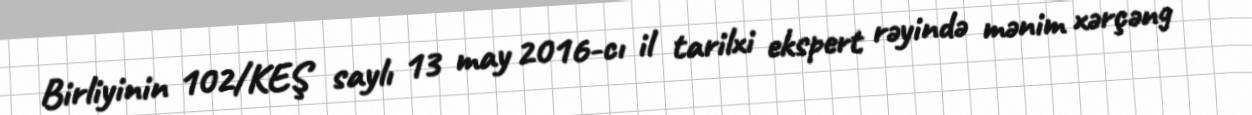
Birliyinin 102/KEŞ saylı 13 may 2016-cı il tarilxi ekspert rəyində mənim xərçəng